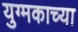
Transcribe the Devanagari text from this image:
युग्मकाच्या